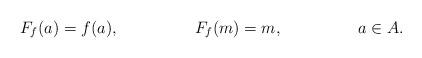
LaTeX: \begin{align*}F_f(a)=f(a), && F_f(m)=m,&& a\in A.\end{align*}